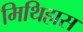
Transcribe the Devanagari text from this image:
मिथिहास